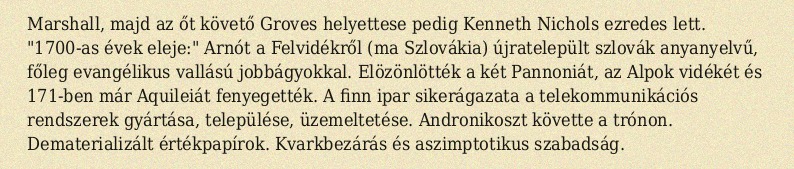
Marshall, majd az őt követő Groves helyettese pedig Kenneth Nichols ezredes lett. "1700-as évek eleje:" Arnót a Felvidékről (ma Szlovákia) újratelepült szlovák anyanyelvű, főleg evangélikus vallású jobbágyokkal. Elözönlötték a két Pannoniát, az Alpok vidékét és 171-ben már Aquileiát fenyegették. A finn ipar sikerágazata a telekommunikációs rendszerek gyártása, települése, üzemeltetése. Andronikoszt követte a trónon. Dematerializált értékpapírok. Kvarkbezárás és aszimptotikus szabadság.